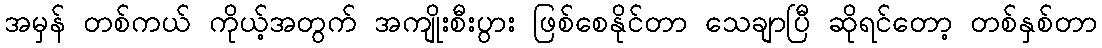
အမှန် တစ်ကယ် ကိုယ့်အတွက် အကျိုးစီးပွား ဖြစ်စေနိုင်တာ သေချာပြီ ဆိုရင်တော့ တစ်နှစ်တာ